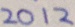
2 0 1 2